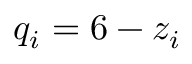
q _ { i } = 6 - z _ { i }